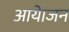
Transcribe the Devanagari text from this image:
आयेाजन